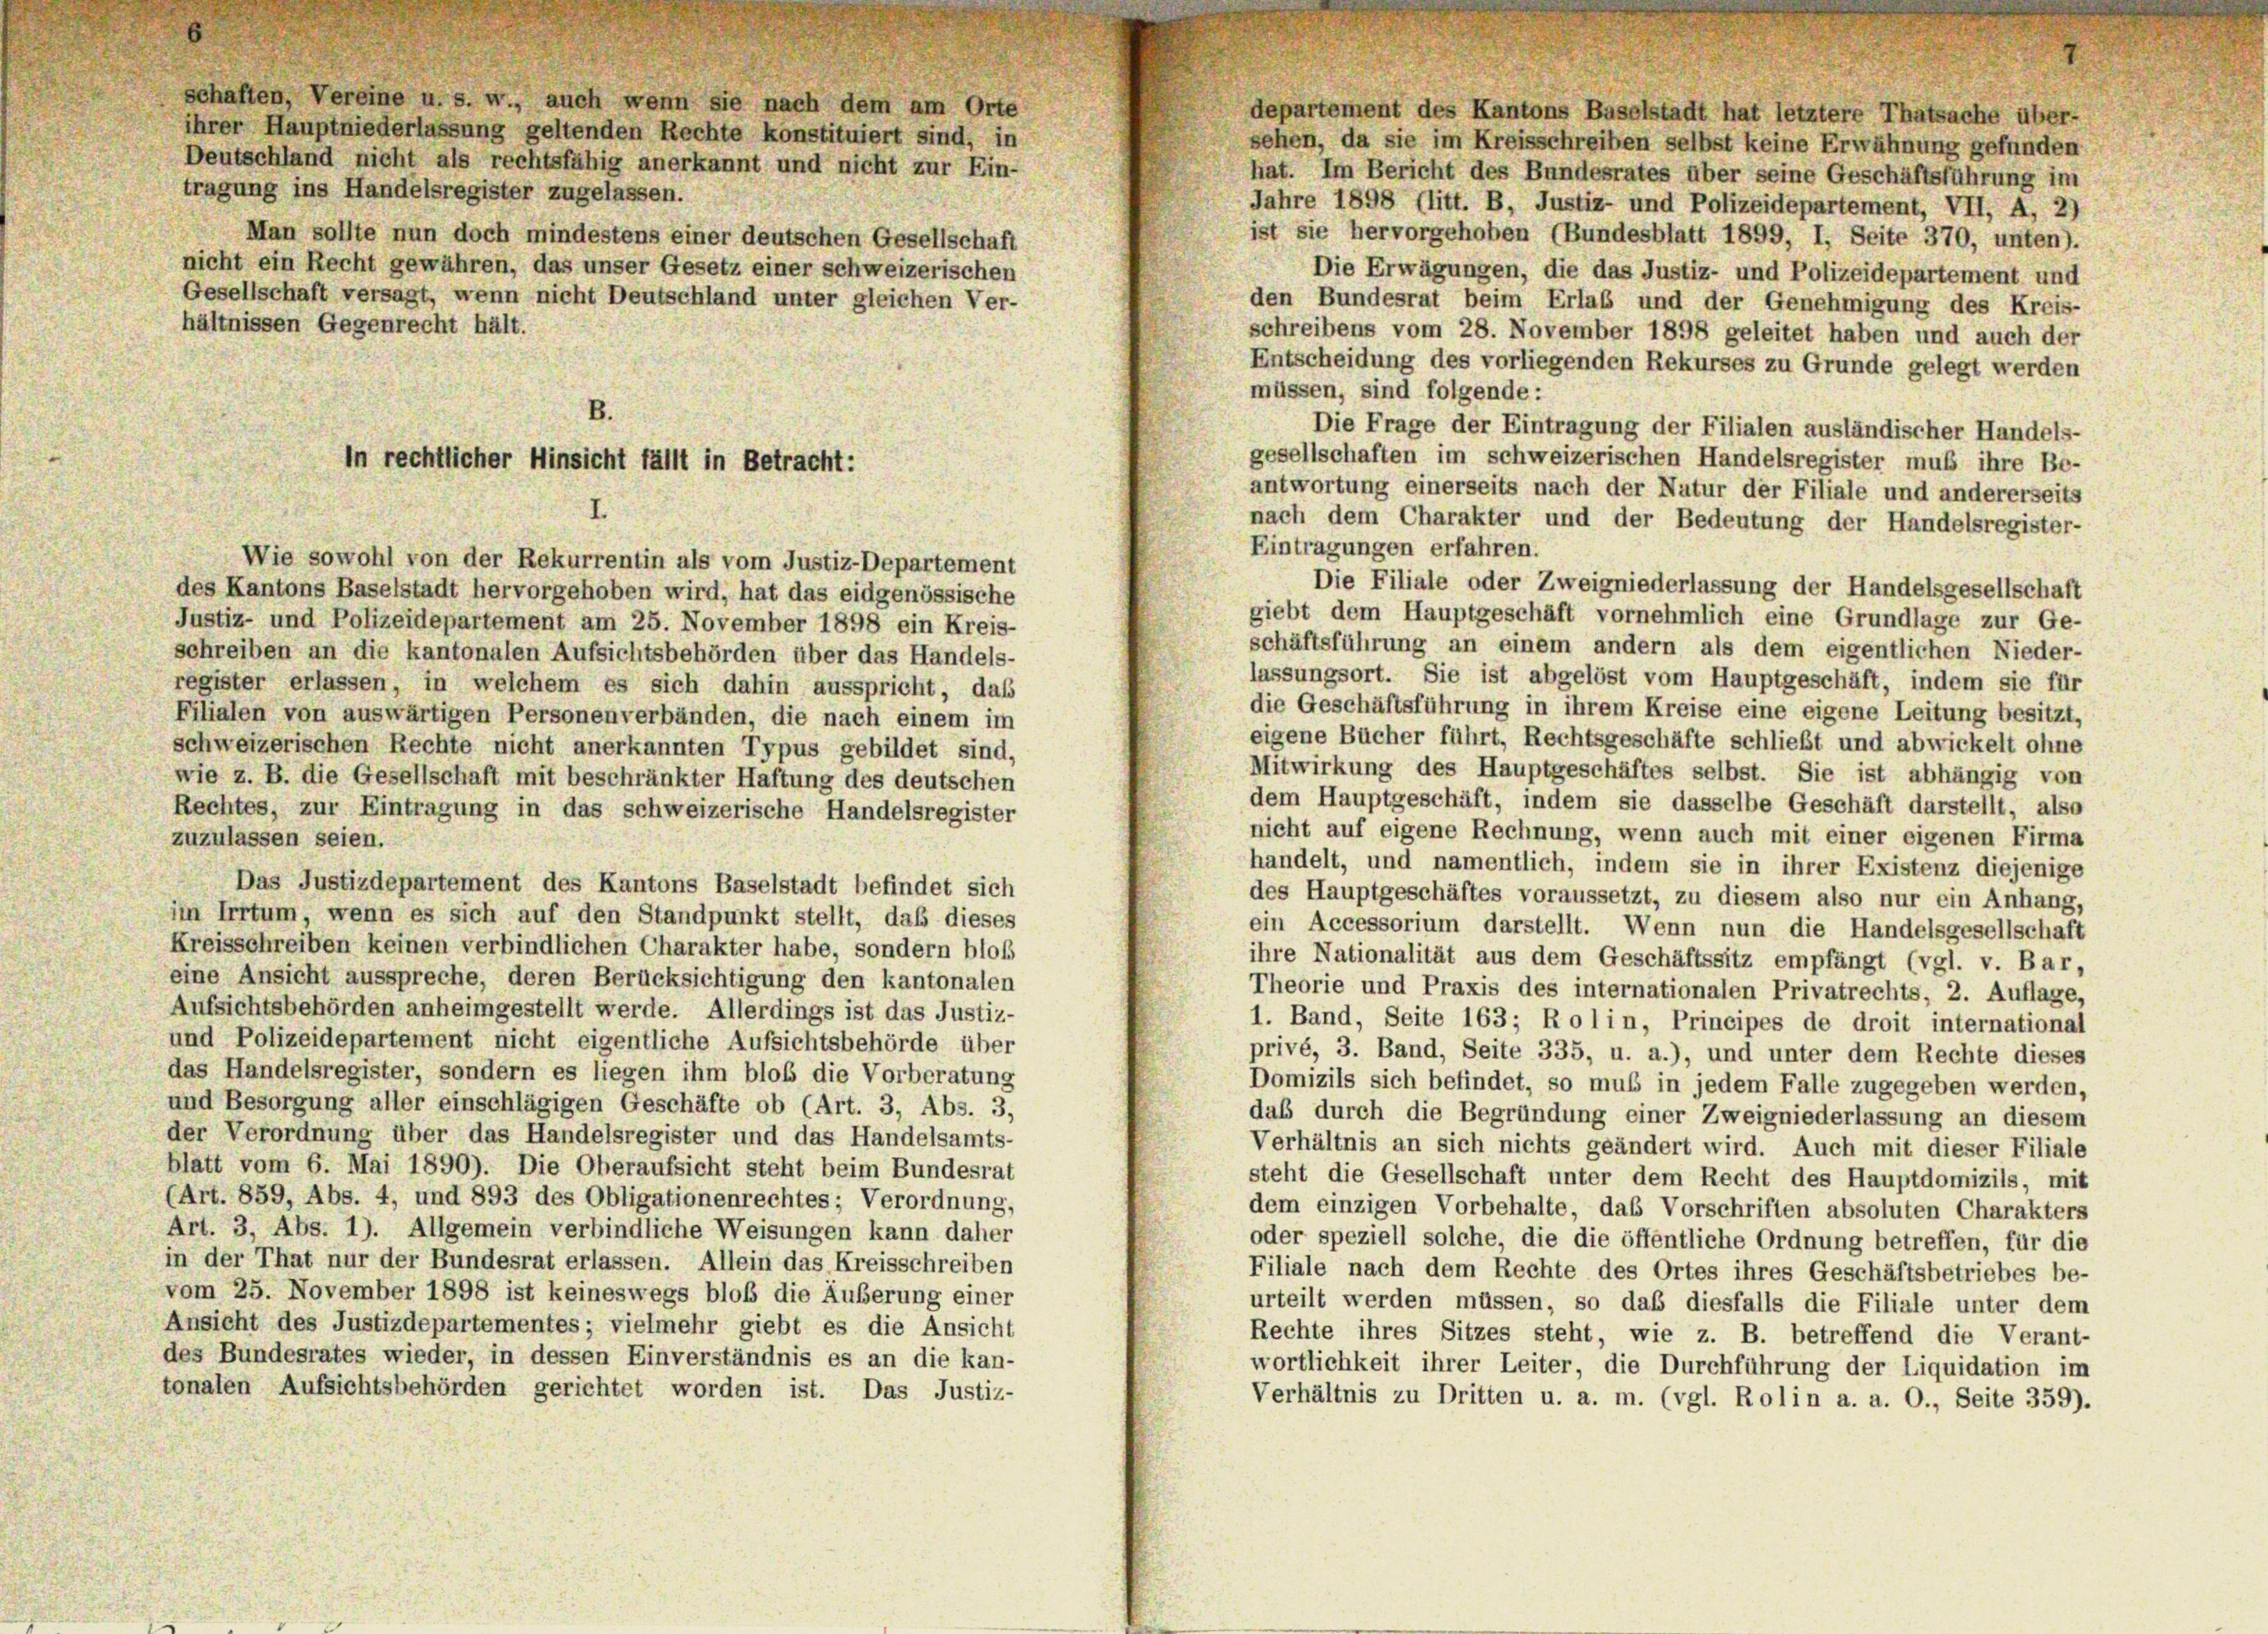
schaften, Vereine u. s. w., auch wenn sie nach dem am Orte
ihrer Hauptniederlassung geltenden Rechte konstituiert sind, in
Deutschland nicht als rechtsfähig anerkannt und nicht zur Ein-
tragung ins Handelsregister zugelassen.
Man sollte nun doch mindestens einer deutschen Gesellschaft
nicht ein Recht gewähren, das unser Gesetz einer schweizerischen
Gesellschaft versagt, wenn nicht Deutschland unter gleichen Ver-
hältnissen Gegenrecht hält.

departement des Kantons Baselstadt hat letztere Thatsache über-
sehen, da sie im Kreisschreiben selbst keine Erwähnung gefunden
hat. Im Bericht des Bundesrates über seine Geschäftsführung im
Jahre 1898 (litt. B, Justiz- und Polizeidepartement, VII, A, 2)
ist sie hervorgehoben (Bundesblatt 1899, I, Seite 370, unten).
Die Erwägungen, die das Justiz- und Polizeidepartement und
den Bundesrat beim Erlaß und der Genehmigung des Kreis-
schreibens vom 28. November 1898 geleitet haben und auch der
Entscheidung des vorliegenden Rekurses zu Grunde gelegt werden
müssen, sind folgende:
Die Frage der Eintragung der Filialen ausländischer Handels-
gesellschaften im schweizerischen Handelsregister muß ihre Be-
antwortung einerseits nach der Natur der Filiale und andererseits
nach dem Charakter und der Bedeutung der Handelsregister-
Eintragungen erfahren.
Wie sowohl von der Rekurrentin als vom Justiz-Departement
Die Filiale oder Zweigniederlassung der Handelsgesellschaft
des Kantons Baselstadt hervorgehoben wird, hat das eidgenössische
giebt dem Hauptgeschäft vornehmlich eine Grundlage zur Ge-
Justiz- und Polizeidepartement am 25. November 1898 ein Kreis-
schäftsführung an einem andern als dem eigentlichen Nieder-
schreiben an die kantonalen Aufsichtsbehörden über das Handels-
lassungsort. Sie ist abgelöst vom Hauptgeschäft, indem sie für
register erlassen, in welchem es sich dahin ausspricht, daß
die Geschäftsführung in ihrem Kreise eine eigene Leitung besitzt,
Filialen von auswärtigen Personenverbänden, die nach einem im
eigene Bücher führt, Rechtsgeschäfte schließt und abwickelt ohne
schweizerischen Rechte nicht anerkannten Typus gebildet sind,
Mitwirkung des Hauptgeschäftes selbst. Sie ist abhängig von
wie z. B. die Gesellschaft mit beschränkter Haftung des deutschen
dem Hauptgeschäft, indem sie dasselbe Geschäft darstellt, also
Rechtes, zur Eintragung in das schweizerische Handelsregister
nicht auf eigene Rechnung, wenn auch mit einer eigenen Firma
zuzulassen seien.
handelt, und namentlich, indem sie in ihrer Existenz diejenige
Das Justizdepartement des Kantons Baselstadt befindet sich
des Hauptgeschäftes voraussetzt, zu diesem also nur ein Anhang,
im Irrtum, wenn es sich auf den Standpunkt stellt, daß dieses
ein Accessorium darstellt. Wenn nun die Handelsgesellschaft
Kreisschreiben keinen verbindlichen Charakter habe, sondern bloß
ihre Nationalität aus dem Geschäftssitz empfängt (vgl. v. Bar,
eine Ansicht ausspreche, deren Berücksichtigung den kantonalen
Theorie und Praxis des internationalen Privatrechts, 2. Auflage,
Aufsichtsbehörden anheimgestellt werde. Allerdings ist das Justiz-
1. Band, Seite 163; Ro l i n, Principes de droit international
und Polizeidepartement nicht eigentliche Aufsichtsbehörde über
privé, 3. Band, Seite 335, u. a.), und unter dem Rechte dieses
das Handelsregister, sondern es liegen ihm bloß die Vorberatung
Domizils sich befindet, so muß in jedem Falle zugegeben werden,
und Besorgung aller einschlägigen Geschäfte ob (Art. 3, Abs. 3,
daß durch die Begründung einer Zweigniederlassung an diesem
der Verordnung über das Handelsregister und das Handelsamts-
Verhältnis an sich nichts geändert wird. Auch mit dieser Filiale
blatt vom 6. Mai 1890). Die Oberaufsicht steht beim Bundesrat
steht die Gesellschaft unter dem Recht des Hauptdomizils, mit
(Art. 859, Abs. 4, und 893 des Obligationenrechtes; Verordnung,
dem einzigen Vorbehalte, das Vorschriften absoluten Charakters
Art. 3, Abs. 1). Allgemein verbindliche Weisungen kann daher
oder speziell solche, die die öffentliche Ordnung betreffen, für die
in der That nur der Bundesrat erlassen. Allein das Kreisschreiben
Filiale nach dem Rechte des Ortes ihres Geschäftsbetriebes be-
vom 25. November 1898 ist keineswegs bloß die Äußerung einer
urteilt werden müssen, so daß diesfalls die Filiale unter dem
Ansicht des Justizdepartementes; vielmehr giebt es die Ansicht
Rechte ihres Sitzes steht, wie z. B. betreffend die Verant-
des Bundesrates wieder, in dessen Einverständnis es an die kan-
wortlichkeit ihrer Leiter, die Durchführung der Liquidation im
tonalen Aufsichtsbehörden gerichtet worden ist. Das Justiz-
Verhältnis zu Dritten u. a. m. (vgl. Rolin a. a. O., Seite 359).

In rechtlicher Hinsicht fällt in Betracht: